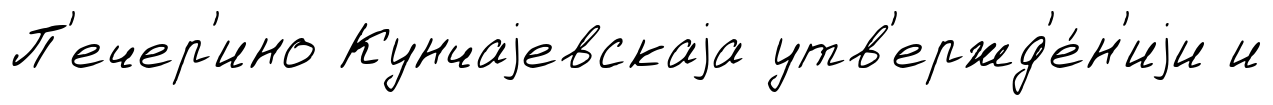
П'ечер'ино Кунчаjевскаjа утв'ержд'е́н'иjи и